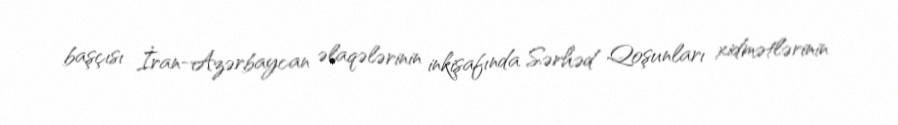
başçısı İran-Azərbaycan əlaqələrinin inkişafında Sərhəd Qoşunları xidmətlərinin